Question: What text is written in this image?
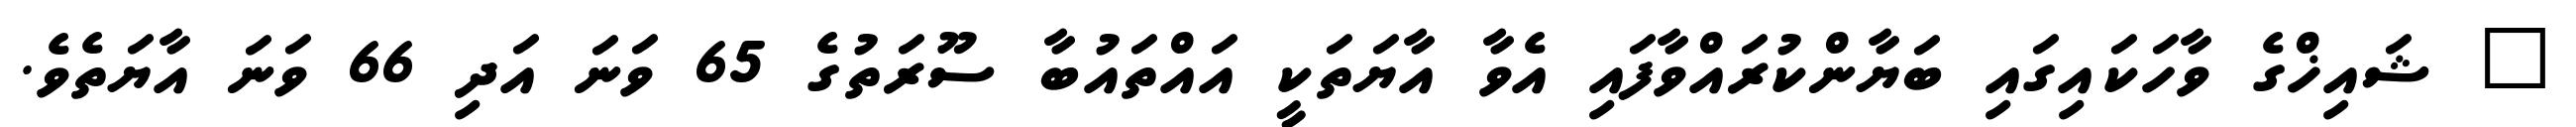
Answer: " ޝައިޚްގެ ވާހަކައިގައި ބަޔާންކުރައްވާފައި އެވާ އާޔަތަކީ އައްތައުބާ ސޫރަތުގެ 65 ވަނަ އަދި 66 ވަނަ އާޔަތެވެ.